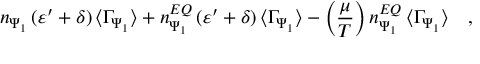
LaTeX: n _ { \Psi _ { 1 } } \, ( \varepsilon ^ { \prime } + \delta ) \, \langle \Gamma _ { \Psi _ { 1 } } \rangle + n _ { \Psi _ { 1 } } ^ { E Q } \, ( \varepsilon ^ { \prime } + \delta ) \, \langle \Gamma _ { \Psi _ { 1 } } \rangle - \left( \frac { \mu } { T } \right) n _ { \Psi _ { 1 } } ^ { E Q } \, \langle \Gamma _ { \Psi _ { 1 } } \rangle \quad ,